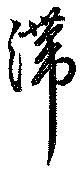
滞